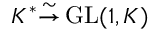
K ^ { * } { \overset { \sim } { \to } } \operatorname { G L } ( 1 , K )